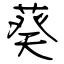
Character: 葵